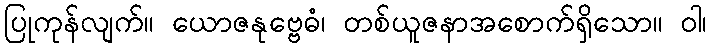
ပြုကုန်လျက်။ ယောဇနုဗ္ဗေဓံ၊ တစ်ယူဇနာအစောက်ရှိသော။ ဝါ၊